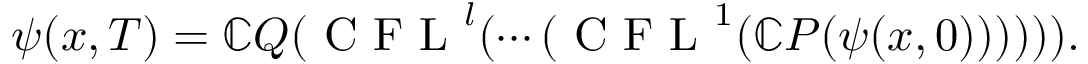
\psi ( x , T ) = \mathbb { C } Q ( \mathrm { ~ C ~ F ~ L ~ } ^ { l } ( \cdots ( \mathrm { ~ C ~ F ~ L ~ } ^ { 1 } ( \mathbb { C } P ( \psi ( x , 0 ) ) ) ) ) ) .